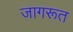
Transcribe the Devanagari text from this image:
जागरूत